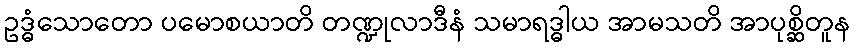
ဥဒ္ဓံသောတော ပမောစယာတိ တဏ္ဍုလာဒီနံ သမာရဒ္ဓါယ အာမသတိ အာပုစ္ဆိတူန